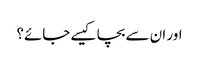
اور ان سے بچا کیسے جائے؟